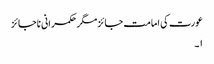
عورت کی امامت جائزمگر حکمرانی ناجائز
۱۔